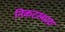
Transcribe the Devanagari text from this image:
निकटस्थता